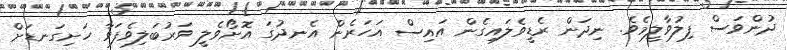
ދުންވަސް ފިލުވާލީމެވެ. ނިދަން ރެޑީވެލައިގެން އައިސް އަހަރެން އެނދުގަ އޮށޯވެލީ ވަރުބަލިވެފަވާ ހަށިގަނޑަށް